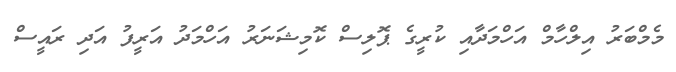
މެމްބަރު އިލްހާމް އަހްމަދާއި ކުރީގެ ޕޮލިސް ކޮމިޝަނަރު އަހްމަދު އަރީފު އަދި ރައީސް